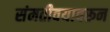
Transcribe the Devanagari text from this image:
संमतीवयावरून